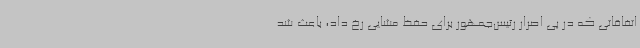
اتفاقاتی که در پی اصرار رئیس‌جمهور برای حفظ مشایی رخ داد، باعث شد